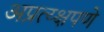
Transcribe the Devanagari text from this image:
अप्रत्य्क्षपणे